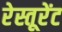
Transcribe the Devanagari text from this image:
रेस्तूरेंट